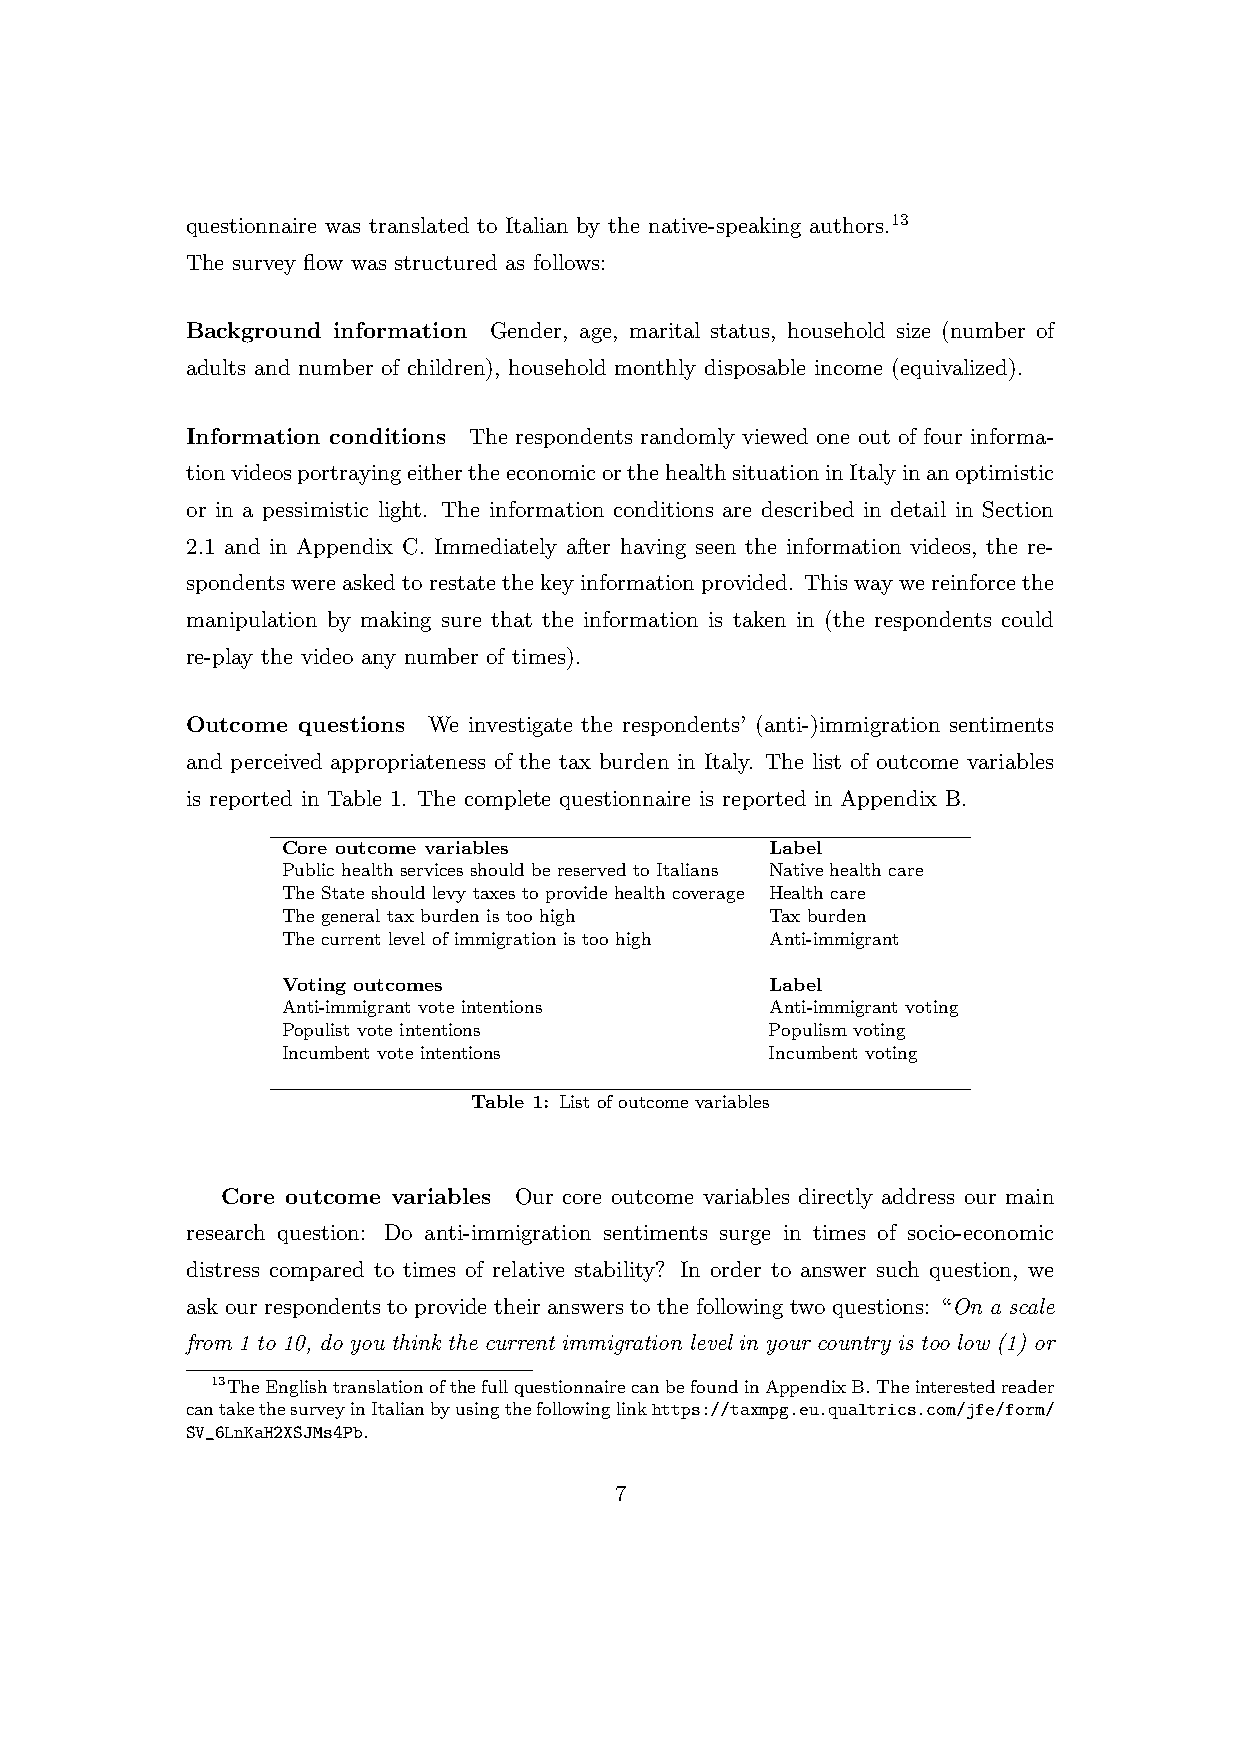
questionnaire was translated to Italian by the native-speaking authors.13
 The survey flow was structured as follows:
 Background information Gender, age, marital status, household size (number of
 adults and number of children), household monthly disposable income (equivalized).
 Information conditions The respondents randomly viewed one out of four informa-
 tionvideosportrayingeithertheeconomicorthehealthsituationinItalyinanoptimistic
 or in a pessimistic light. The information conditions are described in detail in Section
 2.1 and in Appendix C. Immediately after having seen the information videos, the re-
 spondentswereaskedtorestatethekeyinformationprovided. Thiswaywereinforcethe
 manipulation by making sure that the information is taken in (the respondents could
 re-play the video any number of times).
 Outcome questions We investigate the respondents’ (anti-)immigration sentiments
 and perceived appropriateness of the tax burden in Italy. The list of outcome variables
 is reported in Table 1. The complete questionnaire is reported in Appendix B.
 Core outcome variables          Label
 Public health services should be reserved to Italians Native health care
 The State should levy taxes to provide health coverage Health care
 The general tax burden is too high Tax burden
 The current level of immigration is too high Anti-immigrant
 Voting outcomes                 Label
 Anti-immigrant vote intentions  Anti-immigrant voting
 Populist vote intentions        Populism voting
 Incumbent vote intentions       Incumbent voting
 Table 1: List of outcome variables
 Core outcome variables Our core outcome variables directly address our main
 research question: Do anti-immigration sentiments surge in times of socio-economic
 distress compared to times of relative stability? In order to answer such question, we
 ask our respondents to provide their answers to the following two questions: “On a scale
 from 1 to 10, do you think the current immigration level in your country is too low (1) or
 13TheEnglishtranslationofthefullquestionnairecanbefoundinAppendixB.Theinterestedreader
 cantakethesurveyinItalianbyusingthefollowinglinkhttps://taxmpg.eu.qualtrics.com/jfe/form/
 SV_6LnKaH2XSJMs4Pb.
 7